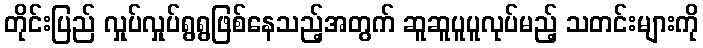
တိုင်းပြည် လှုပ်လှုပ်ရွရွဖြစ်နေသည့်အတွက် ဆူဆူပူပူလုပ်မည့် သတင်းများကို